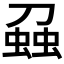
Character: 𧌣